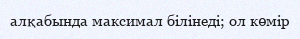
алқабында максимал білінеді; ол көмір